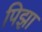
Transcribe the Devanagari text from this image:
पिझा